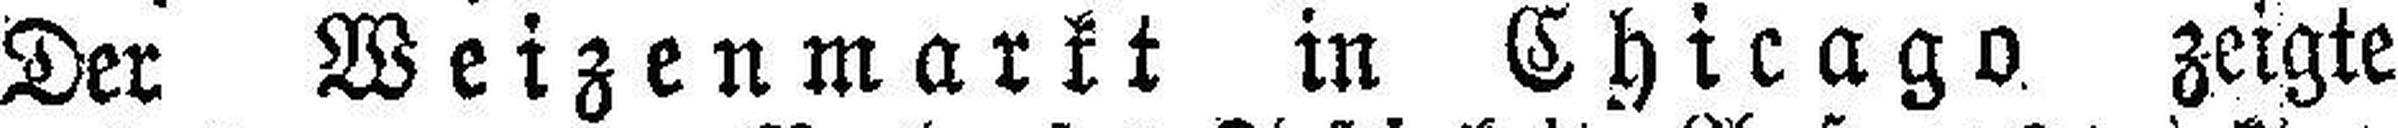
Der Weizenmarkt in Chicago zeigte